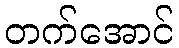
တက်အောင်